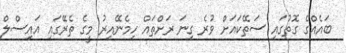
ބައެއްގެ ގޮތުގައި ސަތޭކައަށް ވުރެ ގިނަ ރަށްތައް ހިމެނޭއިރު މީގެ ތެރޭގައި އައިސްލް